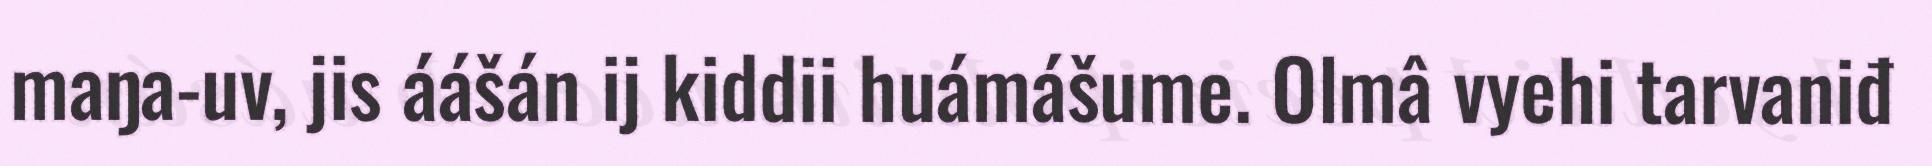
maŋa-uv, jis áášán ij kiddii huámášume. Olmâ vyehi tarvaniđ